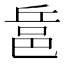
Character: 𨚬